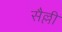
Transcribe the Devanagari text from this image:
सैल्ली